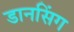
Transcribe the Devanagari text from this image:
डानसिंग